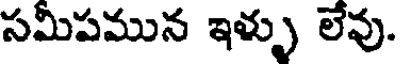
సమీపమున ఇళ్ళు లేవు.